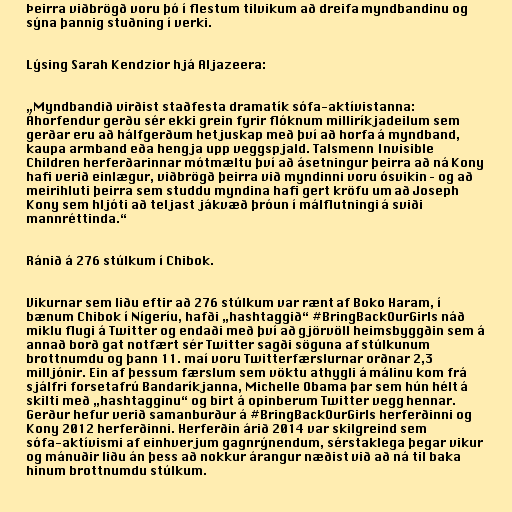
Þeirra viðbrögð voru þó í flestum tilvikum að dreifa myndbandinu og
sýna þannig stuðning í verki.

Lýsing Sarah Kendzior hjá Aljazeera:

„Myndbandið virðist staðfesta dramatík sófa-aktívistanna:
Áhorfendur gerðu sér ekki grein fyrir flóknum milliríkjadeilum sem
gerðar eru að hálfgerðum hetjuskap með því að horfa á myndband,
kaupa armband eða hengja upp veggspjald. Talsmenn Invisible
Children herferðarinnar mótmæltu því að ásetningur þeirra að ná Kony
hafi verið einlægur, viðbrögð þeirra við myndinni voru ósvikin – og að
meirihluti þeirra sem studdu myndina hafi gert kröfu um að Joseph
Kony sem hljóti að teljast jákvæð þróun í málflutningi á sviði
mannréttinda.“

Ránið á 276 stúlkum í Chibok.

Vikurnar sem liðu eftir að 276 stúlkum var rænt af Boko Haram, í
bænum Chibok í Nígeríu, hafði „hashtaggið“ #BringBackOurGirls náð
miklu flugi á Twitter og endaði með því að gjörvöll heimsbyggðin sem á
annað borð gat notfært sér Twitter sagði söguna af stúlkunum
brottnumdu og þann 11. maí voru Twitterfærslurnar orðnar 2,3
milljónir. Ein af þessum færslum sem vöktu athygli á málinu kom frá
sjálfri forsetafrú Bandaríkjanna, Michelle Obama þar sem hún hélt á
skilti með „hashtagginu“ og birt á opinberum Twitter vegg hennar.
Gerður hefur verið samanburður á #BringBackOurGirls herferðinni og
Kony 2012 herferðinni. Herferðin árið 2014 var skilgreind sem
sófa-aktívismi af einhverjum gagnrýnendum, sérstaklega þegar vikur
og mánuðir liðu án þess að nokkur árangur næðist við að ná til baka
hinum brottnumdu stúlkum.